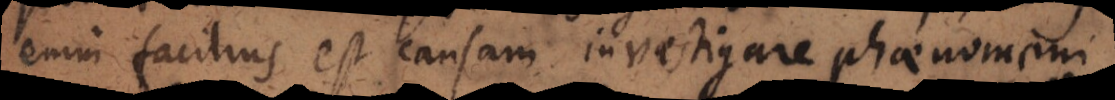
enim facilius est causam investigare phaenomeni